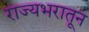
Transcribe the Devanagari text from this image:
राज्यभरातून